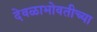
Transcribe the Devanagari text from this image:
देवळाभोवतीच्या